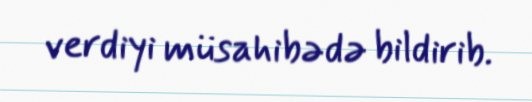
verdiyi müsahibədə bildirib.